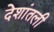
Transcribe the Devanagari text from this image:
देशांतली